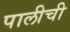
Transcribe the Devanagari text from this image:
पालीची